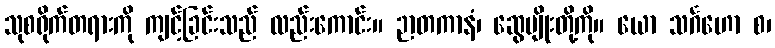
သုစရိုက်တရားကို ကျင့်ခြင်းသည် လည်းကောင်း။ ဉာတကာနံ၊ ဆွေမျိုးတို့ကို။ ယော သင်္ဂဟော စ၊